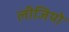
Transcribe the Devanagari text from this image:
लीजियो